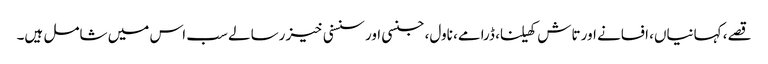
قصے، کہانیاں، افسانے اور تاش کھیلنا، ڈرامے، ناول، جنسی اور سنسنی خیز رسالے سب اس میں شامل ہیں۔